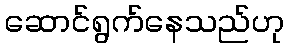
ဆောင်ရွက်နေသည်ဟု